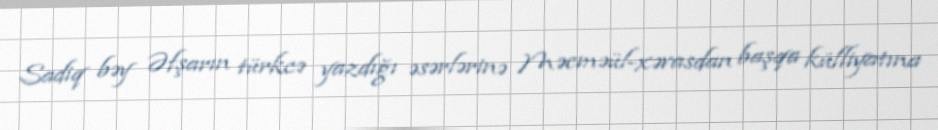
Sadiq bəy Əfşarın türkcə yazdığı əsərlərinə Məcməül-xəvasdan başqa külliyatına